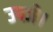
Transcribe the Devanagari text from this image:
उपजे।